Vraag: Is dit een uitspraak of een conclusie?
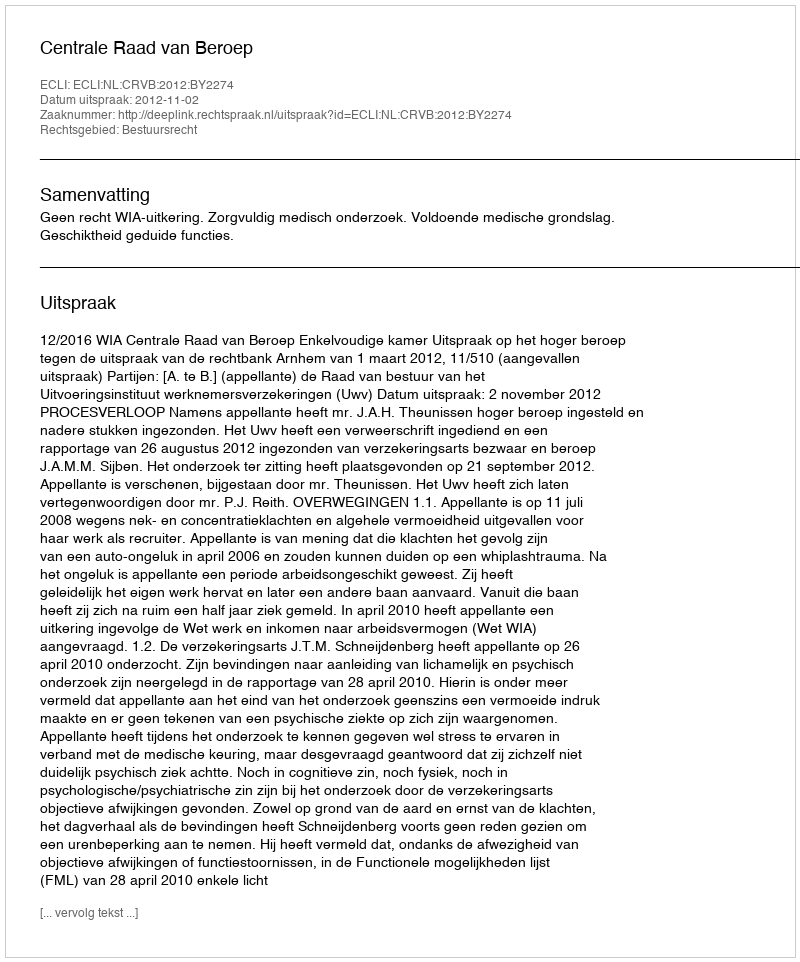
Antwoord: Uitspraak